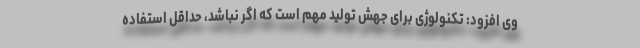
وی افزود: تکنولوژی برای جهش تولید مهم است که اگر نباشد، حداقل استفاده